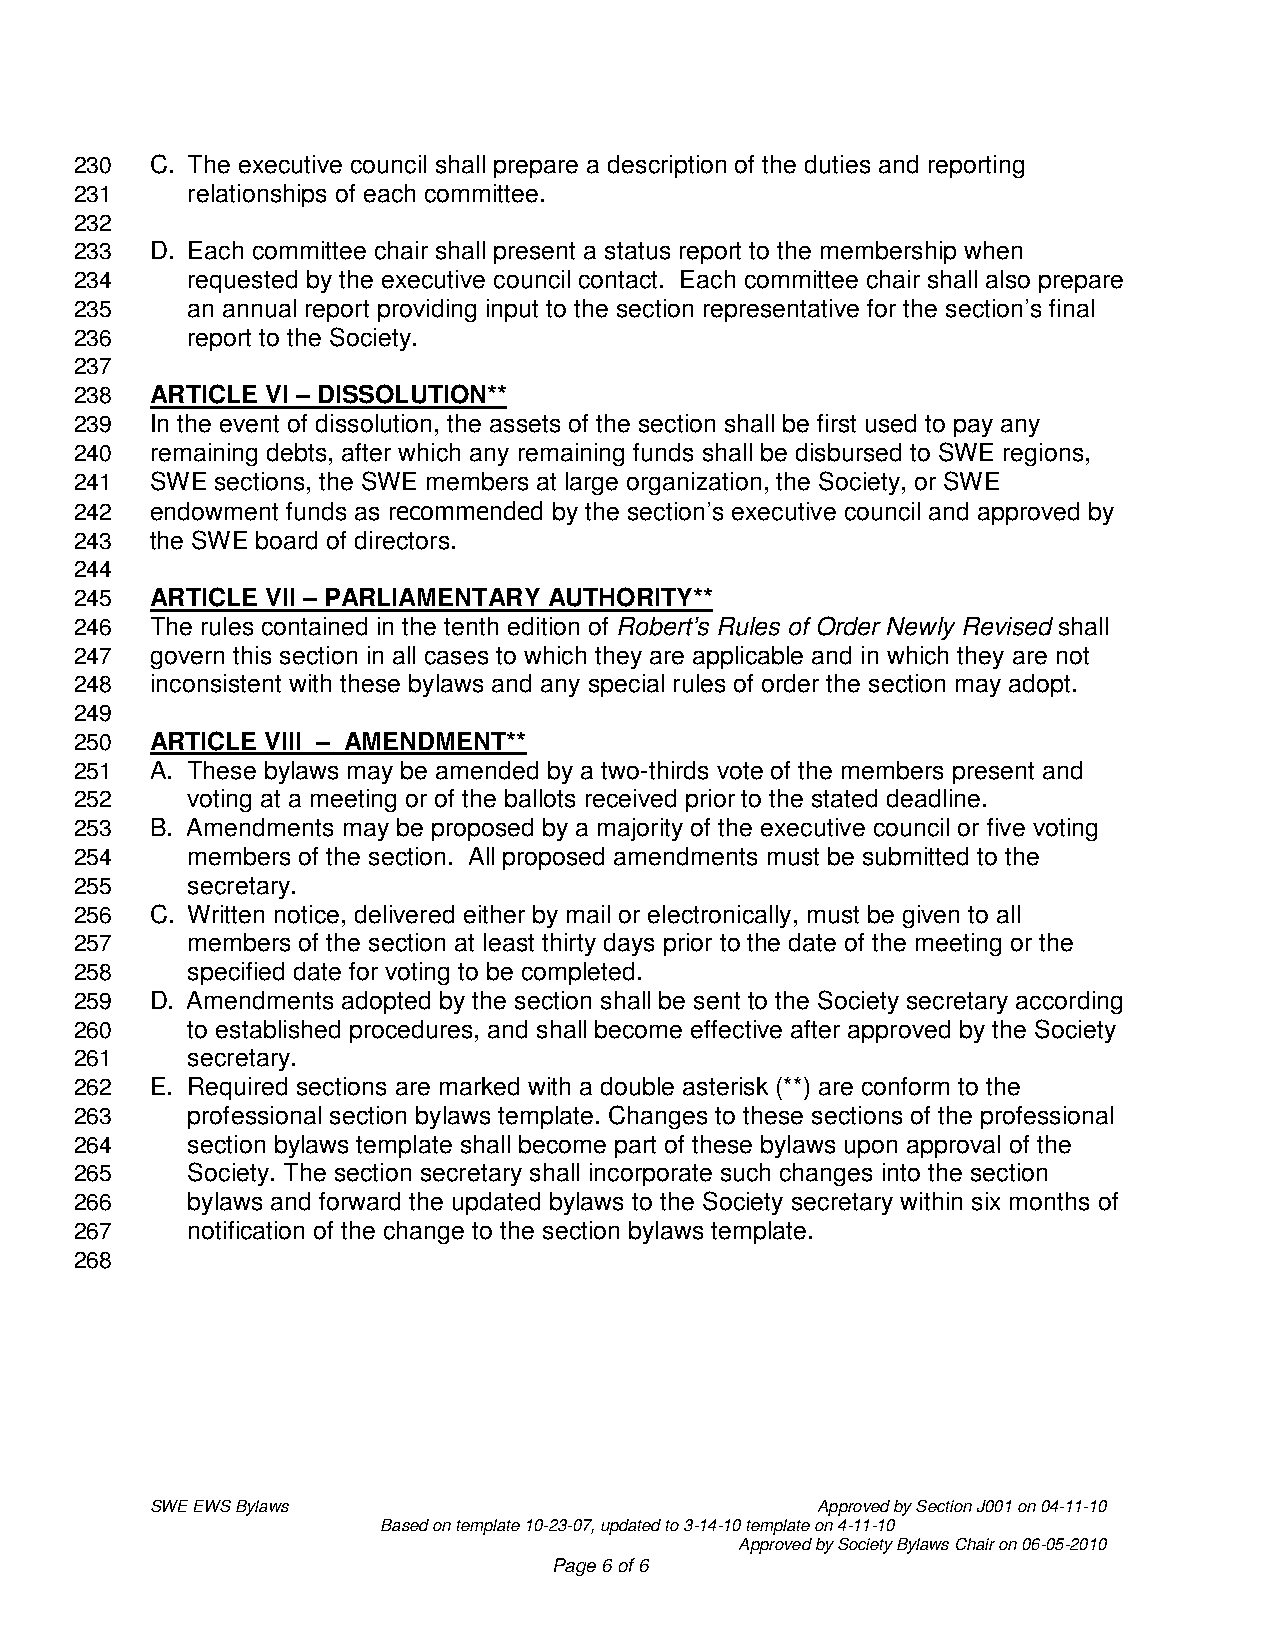
230  C. The executive council shall prepare a description of the duties and reporting
 231    relationships of each committee.
 232
 233  D. Each committee chair shall present a status report to the membership when
 234    requested by the executive council contact. Each committee chair shall also prepare
 235    an annual report providing input to the section representative for the section’s final
 236    report to the Society.
 237
 238  ARTICLE VI – DISSOLUTION**
 239  In the event of dissolution, the assets of the section shall be first used to pay any
 240  remaining debts, after which any remaining funds shall be disbursed to SWE regions,
 241  SWE sections, the SWE members at large organization, the Society, or SWE
 242  endowment funds as recommended by the section’s executive council and approved by
 243  the SWE board of directors.
 244
 245  ARTICLE VII – PARLIAMENTARY AUTHORITY**
 246  The rules contained in the tenth edition of Robert’s Rules of Order Newly Revised shall
 247  govern this section in all cases to which they are applicable and in which they are not
 248  inconsistent with these bylaws and any special rules of order the section may adopt.
 249
 250  ARTICLE VIII – AMENDMENT**
 251  A. These bylaws may be amended by a two-thirds vote of the members present and
 252    voting at a meeting or of the ballots received prior to the stated deadline.
 253  B. Amendments may be proposed by a majority of the executive council or five voting
 254    members of the section. All proposed amendments must be submitted to the
 255    secretary.
 256  C. Written notice, delivered either by mail or electronically, must be given to all
 257    members of the section at least thirty days prior to the date of the meeting or the
 258    specified date for voting to be completed.
 259  D. Amendments adopted by the section shall be sent to the Society secretary according
 260    to established procedures, and shall become effective after approved by the Society
 261    secretary.
 262  E. Required sections are marked with a double asterisk (**) are conform to the
 263    professional section bylaws template. Changes to these sections of the professional
 264    section bylaws template shall become part of these bylaws upon approval of the
 265    Society. The section secretary shall incorporate such changes into the section
 266    bylaws and forward the updated bylaws to the Society secretary within six months of
 267    notification of the change to the section bylaws template.
 268
 SWE EWS Bylaws                              Approved by Section J001 on 04-11-10
 Based on template 10-23-07, updated to 3-14-10 template on 4-11-10
 Approved by Society Bylaws Chair on 06-05-2010
 Page 6 of 6